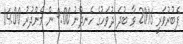
ފެބުރުވަރީ 2016 ވާ ބުދަ ދުވަހުގެ ހެނދުނު 9:00 ން މެންދުރު 14:00